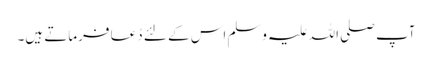
آپ صلی اللہ علیہ وسلم اس کے لئے دُعا فرماتے ہیں۔